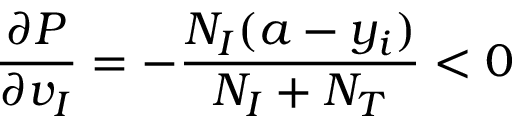
\frac { \partial P } { \partial v _ { I } } = - \frac { N _ { I } ( a - y _ { i } ) } { N _ { I } + N _ { T } } < 0